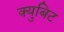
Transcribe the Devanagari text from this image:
क्युबिट